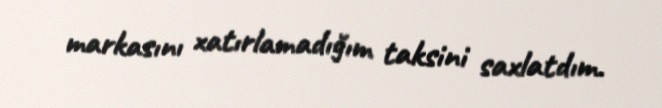
markasını xatırlamadığım taksini saxlatdım.